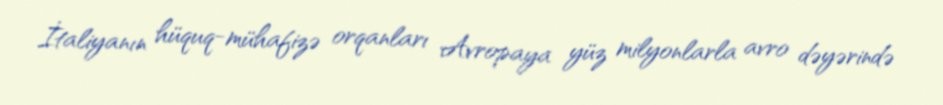
İtaliyanın hüquq-mühafizə orqanları Avropaya yüz milyonlarla avro dəyərində